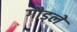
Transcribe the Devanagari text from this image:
गौड्ले